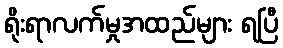
ရိုးရာလက်မှုအထည်များ ရပြီ